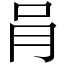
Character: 肙